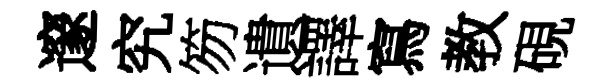
邃究笏遺譯寫教硯